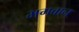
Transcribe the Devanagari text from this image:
भगवान